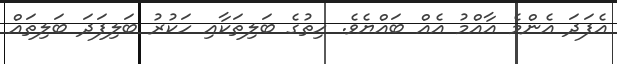
އެފަދަ އެންމެ އާއްމު އެއް ބައްޔެވެ. ހިތުގެ ބަލިތަކާއި ހަކުރު ބަލިފަދަ ބަލިތައް